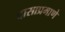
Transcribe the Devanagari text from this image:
दासाप्रमाणे